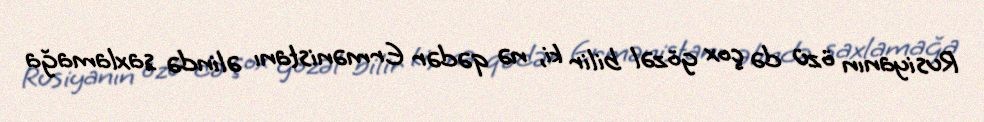
Rusiyanın özü də çox gözəl bilir ki, nə qədər Ermənistanı əlində saxlamağa